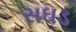
સઘડ